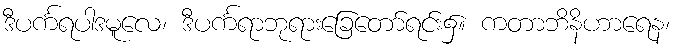
ဒီပင်္ကရပါဒမူလေ၊ ဒီပင်္ကရာဘုရားခြေတော်ရင်း၌။ ကတာဘိနိဟာရေန၊